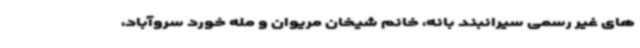
های غیر رسمی سیرانبند بانه، خانم شیخان مریوان و مله خورد سروآباد،